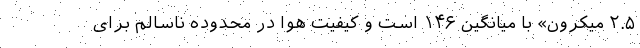
۲.۵ میکرون» با میانگین ۱۴۶ است و کیفیت هوا در محدوده ناسالم برای